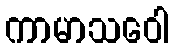
ကာမာသဝေါ